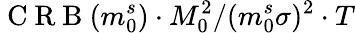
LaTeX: \mathrm{~C~R~B~}(m_{0}^{s})\cdot M_{0}^{2}/(m_{0}^{s}\sigma)^{2}\cdot T